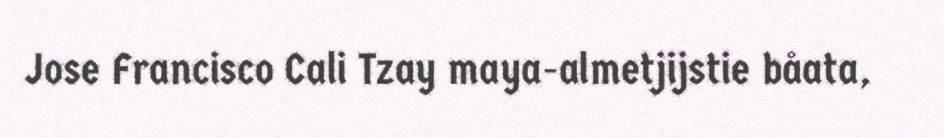
Jose Francisco Cali Tzay maya-almetjijstie båata,